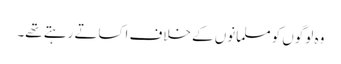
وہ لوگوں کو مسلمانوں کے خلاف اکساتے رہتے تھے۔